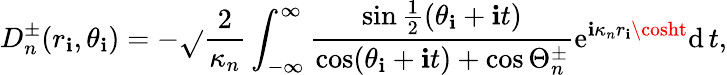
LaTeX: D_{n}^{\pm}(r_{\mathbf{i}},\theta_{\mathbf{i}})=-\sqrt{}{{\frac{{2}}{{\kappa_{n}}}}}\int_{-\infty}^{\infty}\frac{{\sin\frac{{1}}{{2}}(\theta_{\mathbf{i}}+\mathrm{{\mathbf{i}}}t)}}{{\cos(\theta_{\mathbf{i}}+\mathrm{{\mathbf{i}}}t)+\cos\Theta_{n}^{\pm}}}\mathrm{{e}}^{\mathrm{{\mathbf{i}}}\kappa_{n}r_{\mathbf{i}}\cosht}\mathrm{{d}}\, t,